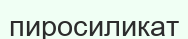
пиросиликат